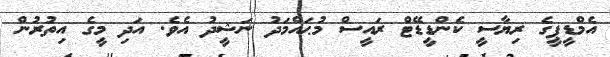
އެމްޑީޕީގެ ރިޔާސީ ކެންޑީޑޭޓް ރައީސް މުޙައްމަދު ނަޝީދު އެވެ. އަދި މީގެ އިތުރުން